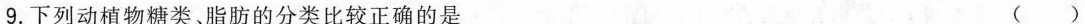
9.下列动植物糖类、脂肪的分类比较正确的是 ( )